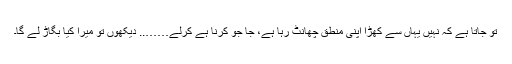
تو جاتا ہے کہ نہیں یہاں سے کھڑا اپنی منطق چھانٹ رہا ہے، جا جو کرنا ہے کرلے…….. دیکھوں تو میرا کیا بگاڑ لے گا۔